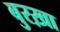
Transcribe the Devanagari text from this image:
बुरख़ा